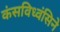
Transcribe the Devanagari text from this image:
कंसविध्वंसिने